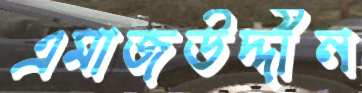
এমাজউদ্দীন